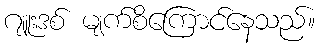
ဂျူးဒစ် မျက်စိကြောင်နေသည်။